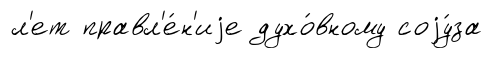
л'ет правл'е́н'иjе духо́вному соjу́за